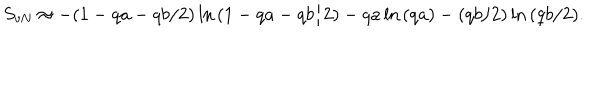
S _ { \mathrm { v N } } \approx - ( 1 - q a - q b / 2 ) \ln { ( 1 - q a - q b / 2 ) } - q a \ln { ( q a ) } - ( q b / 2 ) \ln { ( q b / 2 ) } .